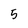
Character: 5